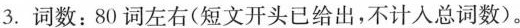
3.词数：80 词左右(短文开头已给出，不计入总词数)。